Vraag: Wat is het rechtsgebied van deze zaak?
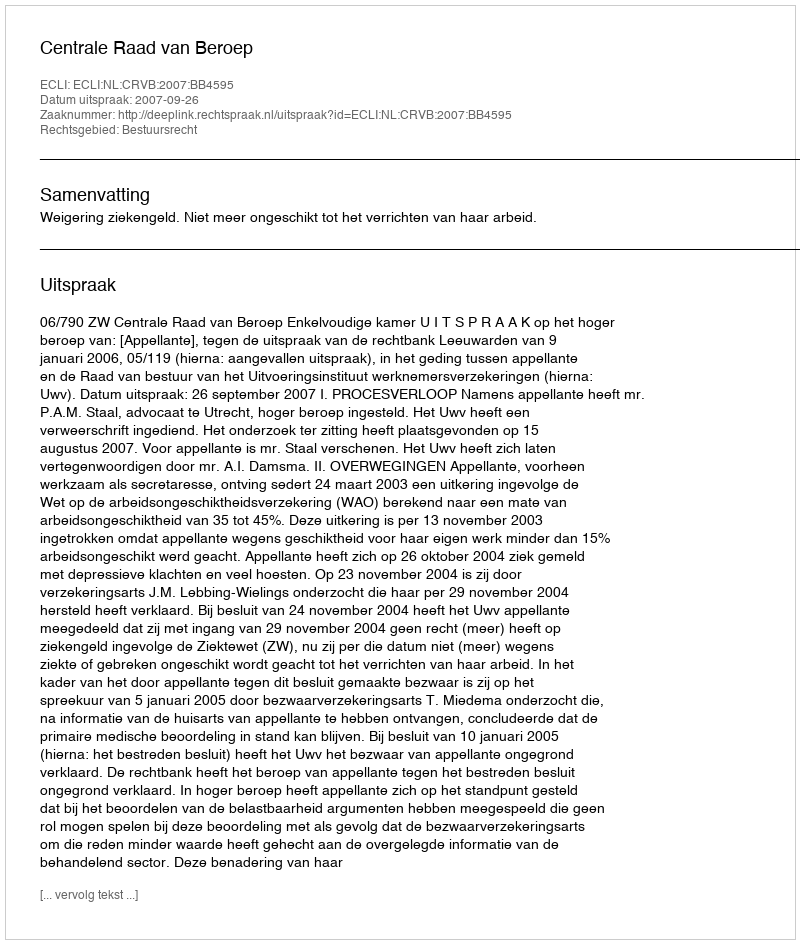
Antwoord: Bestuursrecht